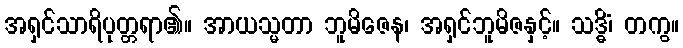
အရှင်သာရိပုတ္တရာ၏။ အာယသ္မတာ ဘူမိဇေန၊ အရှင်ဘူမိဇနှင့်။ သဒ္ဓိံ၊ တကွ။